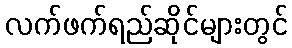
လက်ဖက်ရည်ဆိုင်များတွင်